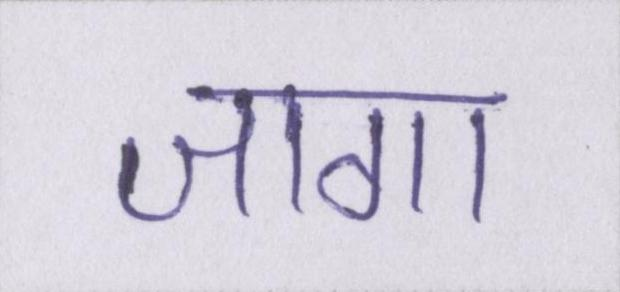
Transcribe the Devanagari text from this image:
जागा